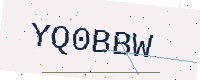
Text: YQ0BBW